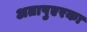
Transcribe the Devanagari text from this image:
अतापुएरका